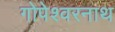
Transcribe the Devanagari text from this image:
गोपेश्वरनाथ